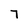
Character: 7